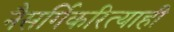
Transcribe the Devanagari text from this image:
नैसर्गिकरित्याही